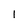
Character: 1